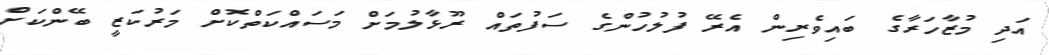
އަދި މުޒާހަރާގެ ބައިވެރިން އެރޭ ފުލުހުންގެ ސަފުތައް ރޫޅާލުމަށް މަސައްކަތްކޮށް މަރުކަޒީ ބޭންކަށް